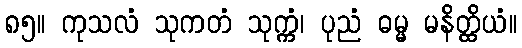
၈၅။ ကုသလံ သုကတံ သုက္ကံ၊ ပုညံ ဓမ္မ မနိတ္ထိယံ။